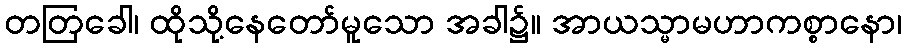
တတြခေါ၊ ထိုသို့နေတော်မူသော အခါ၌။ အာယသ္မာမဟာကစ္စာနော၊